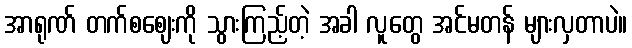
အာရုဏ် တက်စဈေးကို သွားကြည့်တဲ့ အခါ လူတွေ အင်မတန် များလှတာပဲ။